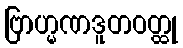
ဗြာဟ္မဏဒူတဝတ္ထု